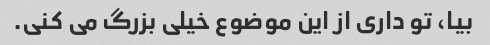
بیا، تو داری از این موضوع خیلی بزرگ می کنی.